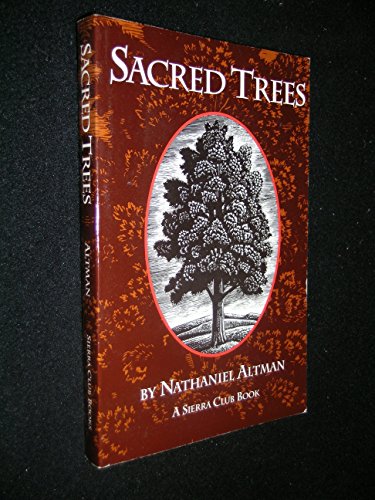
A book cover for Sacred Trees; Nathaniel Altman; Sports & Outdoors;